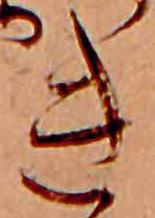
き